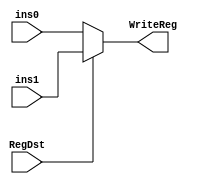
`timescale 1ns / 1ps

module RD_MUX(
    input RegDst,
    input [4:0] ins0,
    input [4:0] ins1,
    output [4:0] WriteReg
);

assign WriteReg = RegDst? ins1: ins0;

endmodule